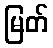
မြတ်